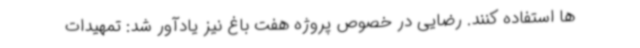
ها استفاده کنند. رضایی در خصوص پروژه هفت باغ نیز یادآور شد: تمهیدات